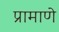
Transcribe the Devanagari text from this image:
प्रामाणे